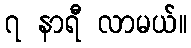
၇ နာရီ လာမယ်။